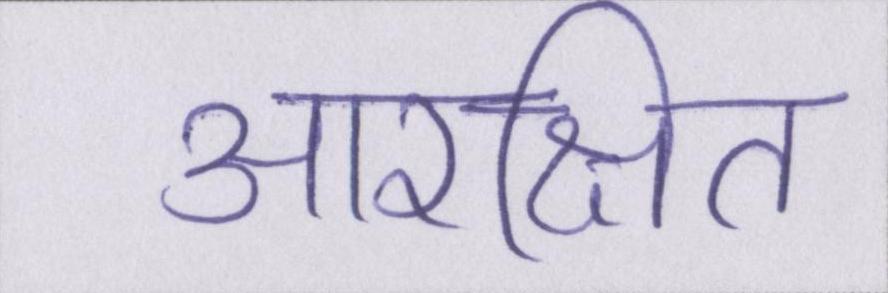
आरक्षित